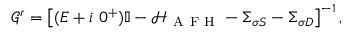
\mathcal { G } ^ { r } = \left[ ( E + i ~ 0 ^ { + } ) \mathbb { I } - \mathcal { H } _ { \mathrm { ~ A ~ F ~ H ~ } } - \Sigma _ { \sigma S } - \Sigma _ { \sigma D } \right] ^ { - 1 } ,